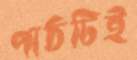
পাঠটিই